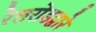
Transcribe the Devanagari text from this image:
रेलरोडद्वारे